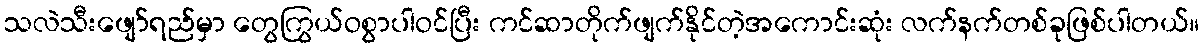
သလဲသီးဖျော်ရည်မှာ တွေကြွယ်ဝစွာပါဝင်ပြီး ကင်ဆာတိုက်ဖျက်နိုင်တဲ့အကောင်းဆုံး လက်နက်တစ်ခုဖြစ်ပါတယ်။